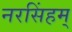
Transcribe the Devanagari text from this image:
नरसिंहम्